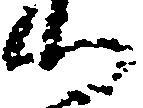
心